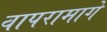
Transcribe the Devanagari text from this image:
वापरामागे